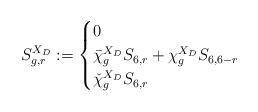
LaTeX: \begin{align*}S^{X_D}_{g,r}:=\begin{cases}0&\\\bar\chi^{X_D}_gS_{6,r}+\chi^{X_D}_gS_{6,6-r}&\\\check\chi^{X_D}_gS_{6,r}&\end{cases}\end{align*}